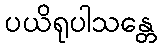
ပယိရုပါသန္တေ